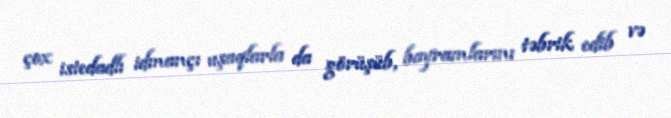
çox istedadlı idmançı uşaqlarla da görüşüb, bayramlarını təbrik edib və